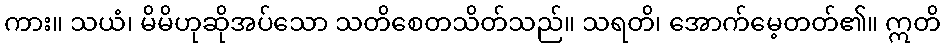
ကား။ သယံ၊ မိမိဟုဆိုအပ်သော သတိစေတသိတ်သည်။ သရတိ၊ အောက်မေ့တတ်၏။ ဣတိ